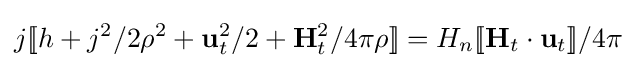
j[\![h+j^{2}/2\rho ^{2}+\mathbf {u} _{t}^{2}/2+\mathbf {H} _{t}^{2}/4\pi \rho ]\!]=H_{n}[\![\mathbf {H} _{t}\cdot \mathbf {u} _{t}]\!]/4\pi